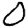
Digit: 0